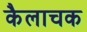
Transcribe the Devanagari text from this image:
कैलाचक